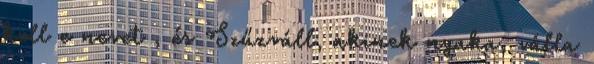
kell e nevet , és Szűzváll, akinek nyaka, válla